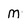
Character: m